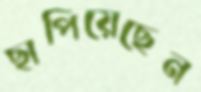
ছাপিয়েছেন